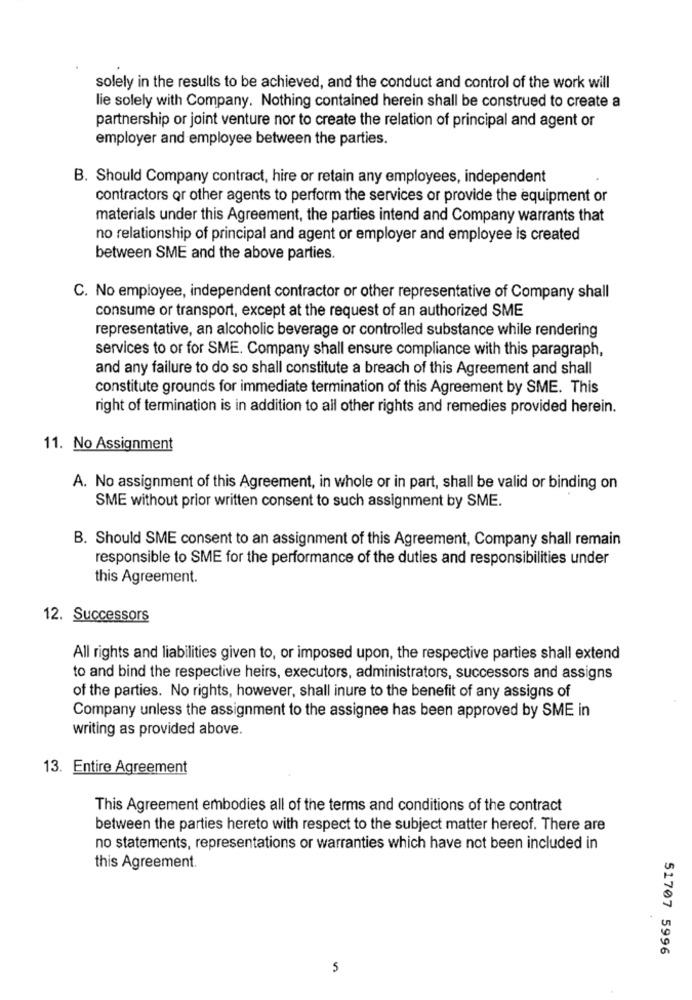
solely in the results to be achieved, and the conduct and control of the work will
lie solely with Company. Nothing contained herein shall be construed to create a
partnership or joint venture nor to create the relation of principal and agent or
employer and employee between the parties.
B. Should Company contract, hire or retain any employees, independent
contractors or other agents to perform the services or provide the equipment or
materials under this Agreement, the parties intend and Company warrants that
no relationship of principal and agent or employer and employee is created
between SME and the above parties.
C. No employee, independent contractor or other representative of Company shall
consume or transport, except at the request of an authorized SME
representative, an alcoholic beverage or controlled substance while rendering
services to or for SME. Company shall ensure compliance with this paragraph,
and any failure to do so shall constitute a breach of this Agreement and shall
constitute grounds for immediate termination of this Agreement by SME. This
right of termination is in addition to all other rights and remedies provided herein.
11. No Assignment
A. No assignment of this Agreement, in whole or in part, shall be valid or binding on
SME without prior written consent to such assignment by SME.
B. Should SME consent to an assignment of this Agreement, Company shall remain
responsible to SME for the performance of the duties and responsibilities under
this Agreement.
12. Successors
All rights and liabilities given to, or imposed upon, the respective parties shall extend
to and bind the respective heirs, executors, administrators, successors and assigns
of the parties. No rights, however, shall inure to the benefit of any assigns of
Company unless the assignment to the assignee has been approved by SME in
writing as provided above.
13. Entire Agreement
This Agreement embodies all of the terms and conditions of the contract
between the parties hereto with respect to the subject matter hereof. There are
no statements, representations or warranties which have not been included in
this Agreement.
51707 5996
5